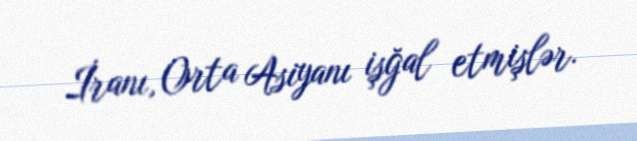
İranı, Orta Asiyanı işğal etmişlər.